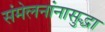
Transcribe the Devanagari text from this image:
संमेलनांनासुद्धा